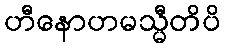
ဟီနောဟမသ္မီတိပိ